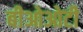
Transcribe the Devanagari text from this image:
बीओओटी